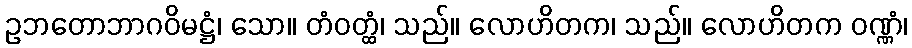
ဥဘတောဘာဂဝိမဋ္ဌံ၊ သော။ တံဝတ္ထံ၊ သည်။ လောဟိတက၊ သည်။ လောဟိတက ဝဏ္ဏံ၊